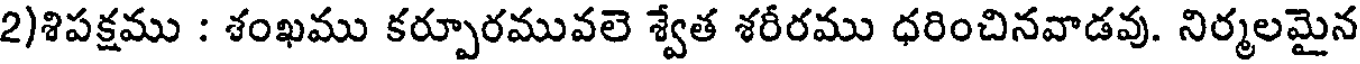
2)శిపక్షము : శంఖము కర్పూరమువలె శ్వేత శరీరము ధరించినవాడవు. నిర్మలమైన